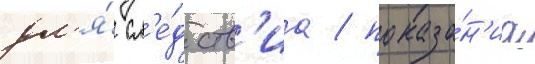
дл'я́ сл'е́дств'иа / показа́н'иа